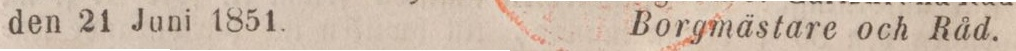
den 21 Juni 1851.    Borgmästare och Råd.